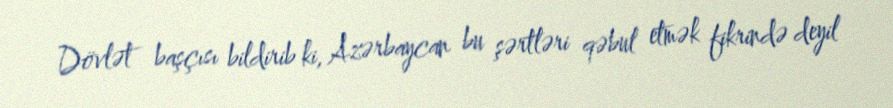
Dövlət başçısı bildirib ki, Azərbaycan bu şərtləri qəbul etmək fikrində deyil